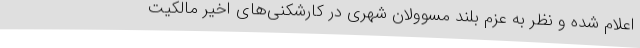
اعلام شده و نظر به عزم بلند مسوولان شهری در کارشکنی‌های اخیر مالکیت